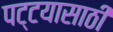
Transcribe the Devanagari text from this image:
पट्टयासाठी